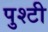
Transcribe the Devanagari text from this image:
पुश्टी